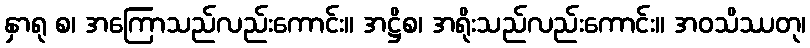
နှာရု စ၊ အကြောသည်လည်းကောင်း။ အဋ္ဌိစ၊ အရိုးသည်လည်းကောင်း။ အဝသိဿတု၊